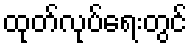
ထုတ်လုပ်ရေးတွင်